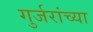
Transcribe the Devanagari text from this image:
गुर्जरांच्या